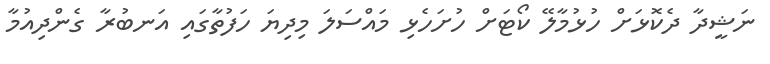
ނަަޝީދާ ދެކޮޅަށް ހުޅުމާލޭ ކޯޓަށް ހުށަހެޅި މައްސަލަ މިދިޔަ ހަފުތާގައި އަނބުރާ ގެންދިއުމާ